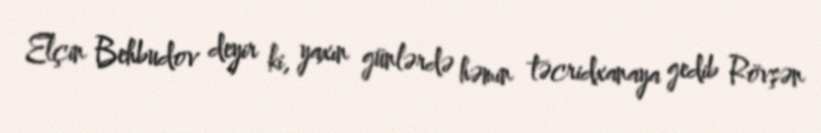
Elçin Behbudov deyir ki, yaxın günlərdə həmin təcridxanaya gedib Rövşən